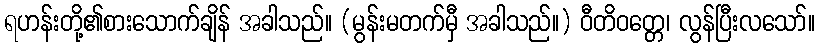
ရဟန်းတို့၏စားသောက်ချိန် အခါသည်။ (မွန်းမတက်မှီ အခါသည်။) ဝီတိဝတ္တေ၊ လွန်ပြီးလသော်။